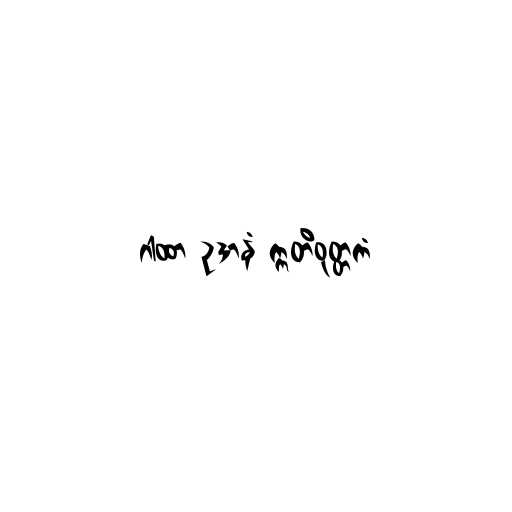
ဂါထာ ဥဒာနံ ဣတိဝုတ္တကံ